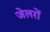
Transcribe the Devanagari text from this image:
जेलरों